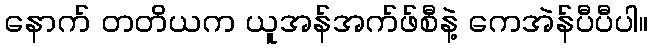
နောက် တတိယက ယူအန်အက်ဖ်စီနဲ့ ကေအဲန်ပီပီပါ။